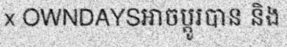
x OWNDAYSអាចប្តូរបាន និង